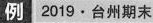
例2019·台州期末